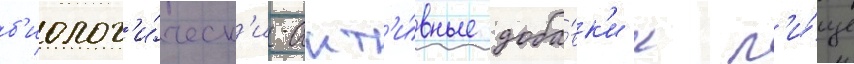
б'иолог'и́ческ'и-акт'и́вные доба́вк'и к п'и́ще